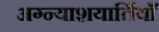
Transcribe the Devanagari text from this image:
अग्न्याशयार्तियाँ